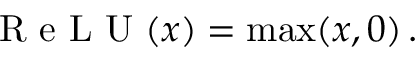
\mathrm { ~ R ~ e ~ L ~ U ~ } ( x ) = \operatorname* { m a x } ( x , 0 ) \, .